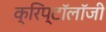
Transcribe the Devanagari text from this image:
क्रिप्टॉलॉजी